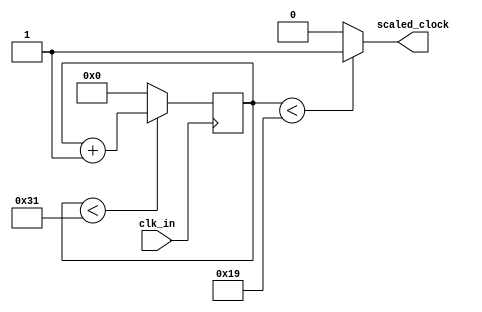
module Clock_Scaler(
 
	input clk_in,
	output reg scaled_clock
);
	
	reg [7:0] out = 0;
	
	always @(posedge clk_in)
		if (out<49)
		begin
			out = out + 1;
		end
		else
		begin
			out = 4'b0 ;
		end
	
	always @(clk_in)
		if (out<25)
		begin
			scaled_clock = 1'b1;
		end
		else
		begin
			scaled_clock = 1'b0;
		end
		
endmodule